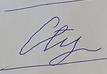
Signature authenticity: forged